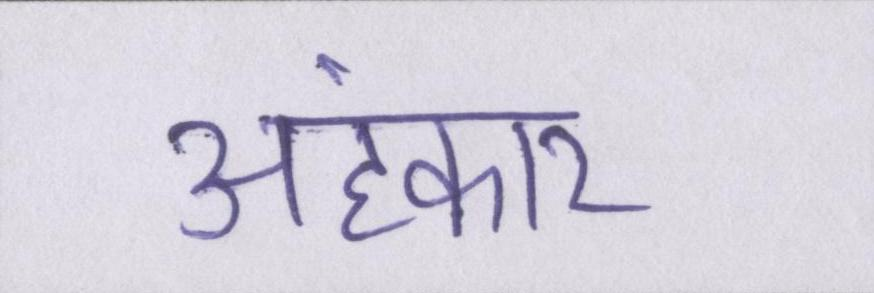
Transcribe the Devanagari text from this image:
अहंकार